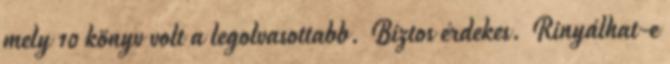
mely 10 könyv volt a legolvasottabb. Biztos érdekes. Rinyálhat-e